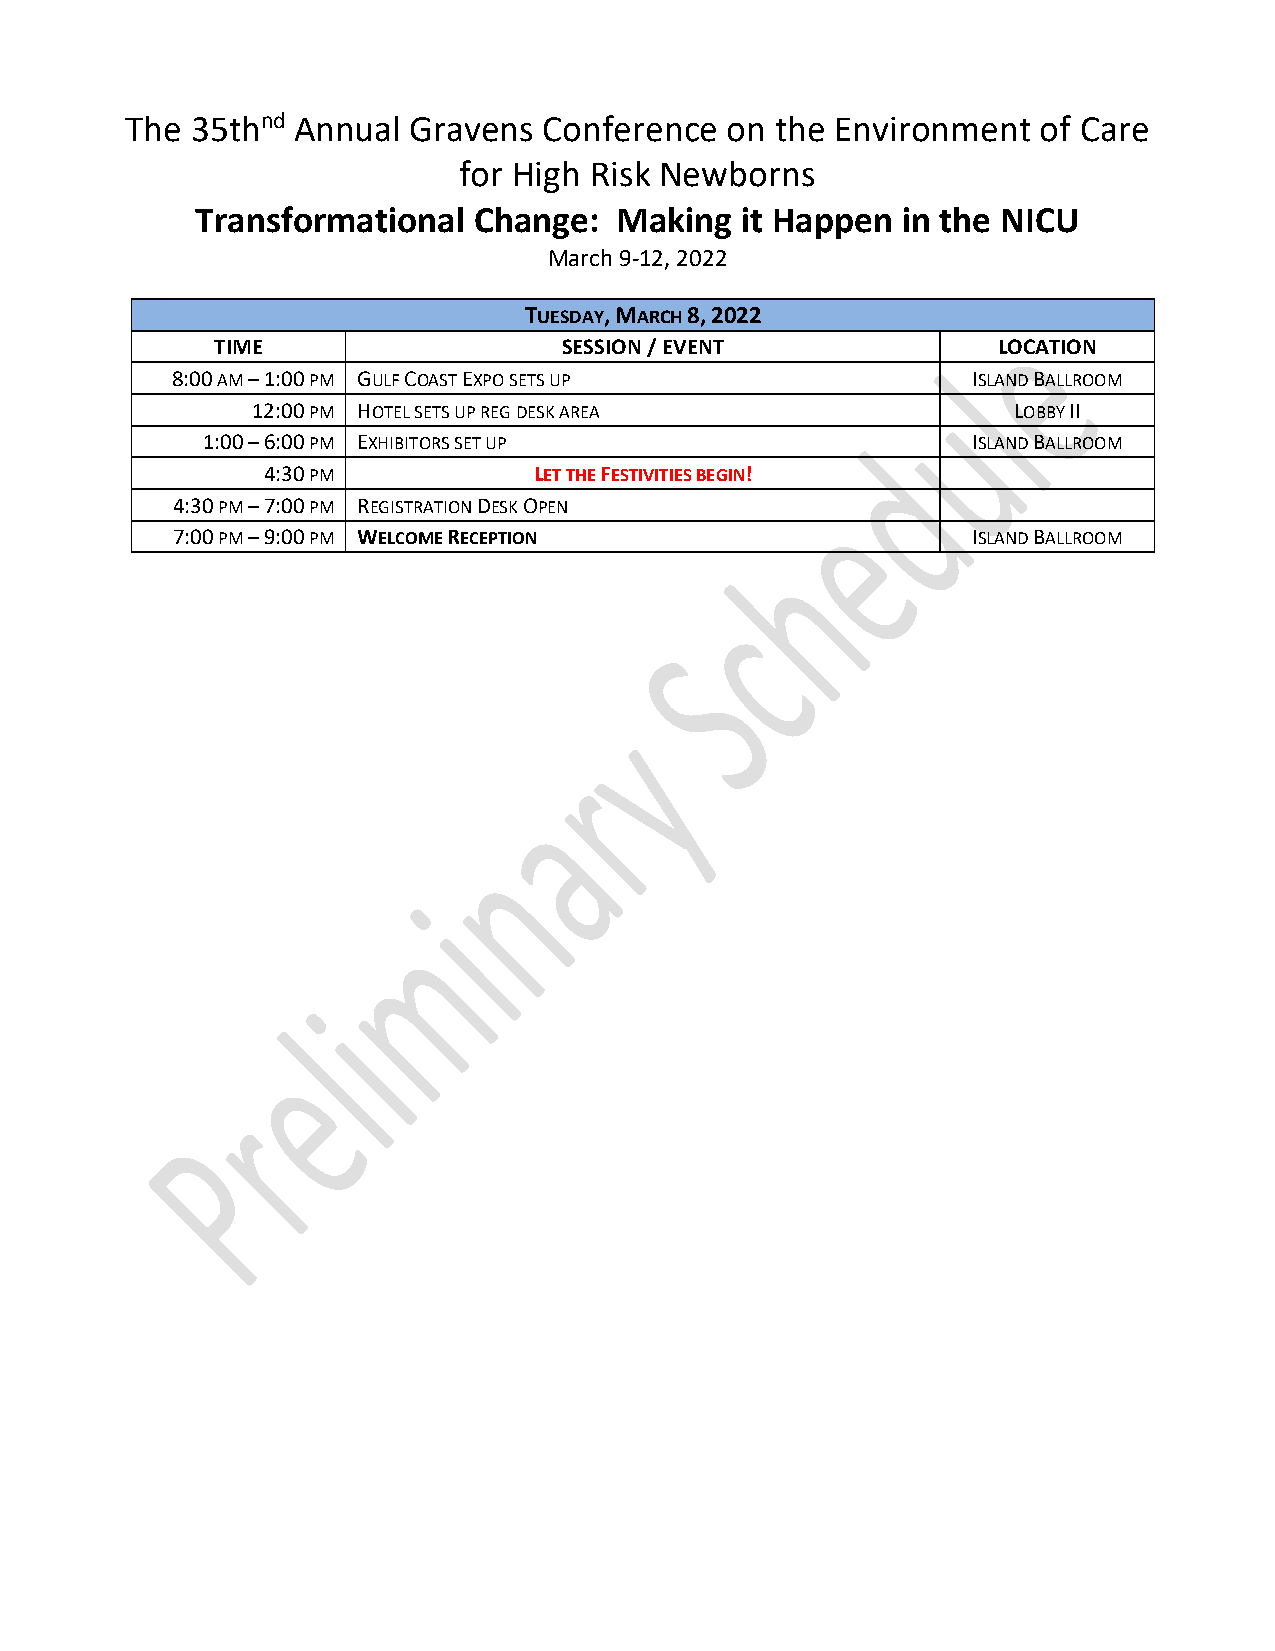
The  35thnd Annual Gravens  Conference  on the Environment   of Care
 for High Risk Newborns
 Transformational  Change:   Making  it Happen  in the NICU
 March 9-12, 2022
 TUESDAY, MARCH 8, 2022
 TIME                   SESSION / EVENT              LOCATION
 8:00 AM – 1:00 PM GULF COAST EXPO SETS UP            ISLAND BALLROOM
 12:00 PM HOTEL SETS UP REG DESK AREA              LOBBY II
 1:00 – 6:00 PM EXHIBITORS SET UP                   ISLAND BALLROOM
 4:30 PM           LET THE FESTIVITIES BEGIN!
 4:30 PM – 7:00 PM REGISTRATION DESK OPEN
 7:00 PM – 9:00 PM WELCOME RECEPTION                  ISLAND BALLROOM